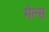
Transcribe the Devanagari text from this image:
मेल्स